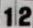
12